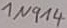
Text: 1N914